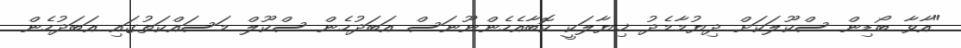
"އާވާ ބޯޑިން ސްކޫލަކަށް ދިޔުމާމެދު ޚިޔާލަކީ ކޮބާއެހެންނޫނަސް އަބަދުހެން ސްކޫލް މަސައްކަތުގައި އަބަދުހެން